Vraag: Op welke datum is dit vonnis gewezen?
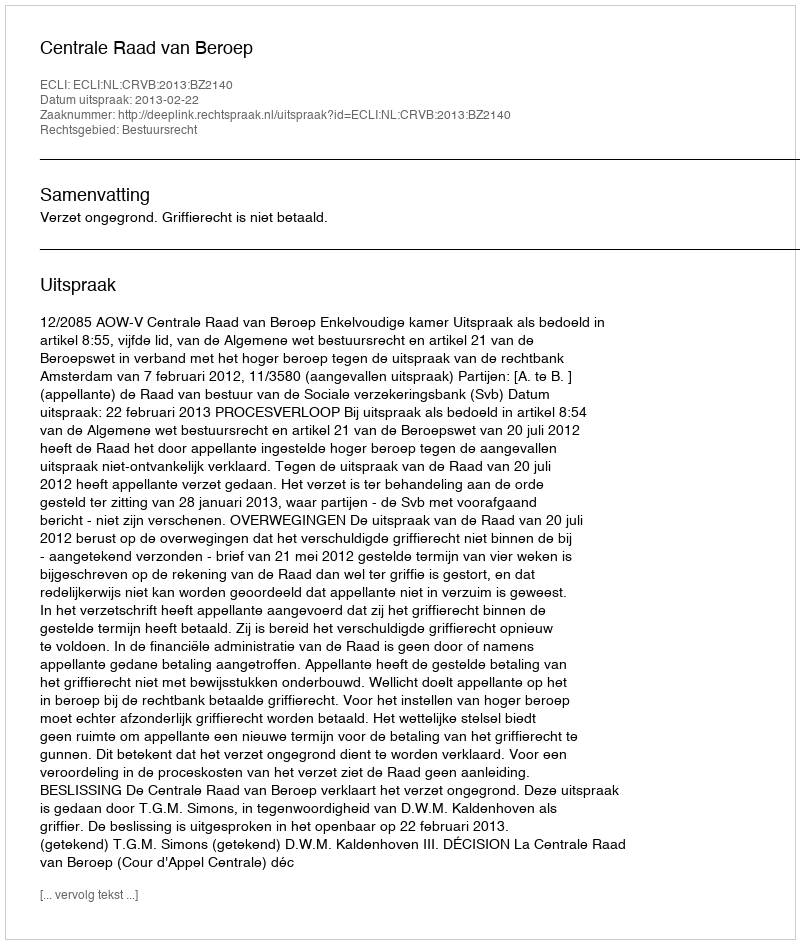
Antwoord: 2013-02-22